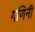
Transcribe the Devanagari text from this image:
गणिनी